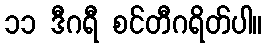
၁၁ ဒီဂရီ စင်တီဂရိတ်ပါ။